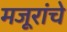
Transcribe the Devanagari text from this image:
मजूरांचे